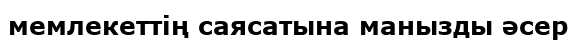
мемлекеттің саясатына манызды әсер